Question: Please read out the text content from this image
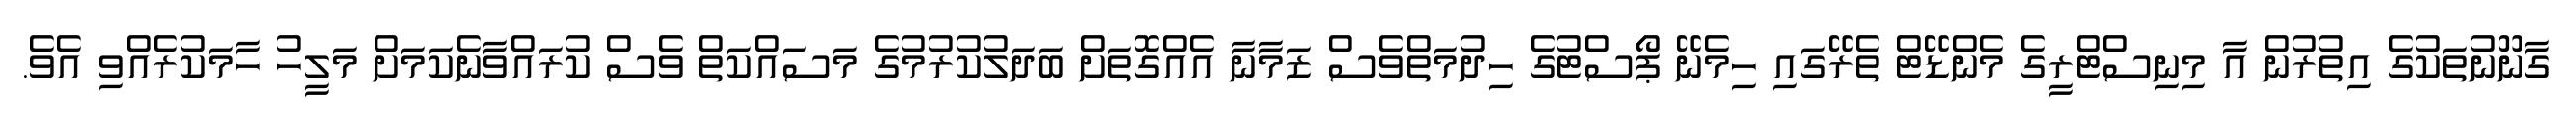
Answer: ގާނޫނުތަކުގެ އިތުރުން އާ މިނިސްޓްރީގެ މެންޑޭޓް ތެރޭގައި ހިމެނޭ ޕޯސްޓުގެ ހިދުމަތްވެސް ޒަމާނާ އެއްގޮތަށް ބަދަލުކުރުމުގެ މަސައްކަތް ވެސް ކުރައްވާނެކަމަށް މަލީހު ހާމަކުރެއްވި އެވެ.